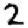
Digit: 2